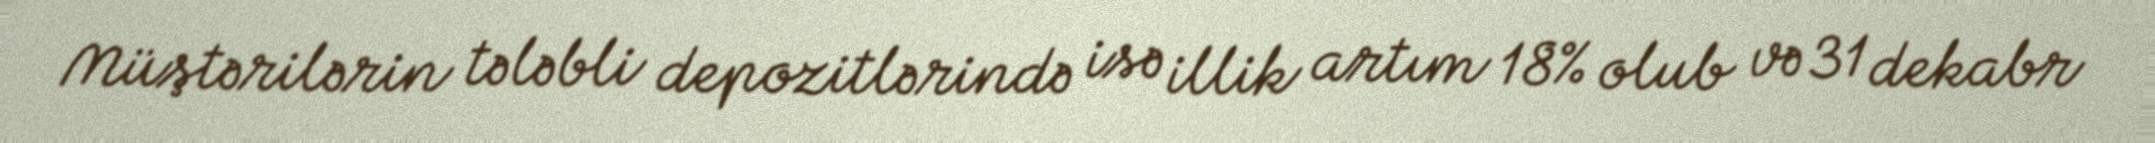
Müştərilərin tələbli depozitlərində isə illik artım 18% olub və 31 dekabr